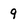
Character: 9